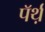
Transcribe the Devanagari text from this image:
पॅर्थ़